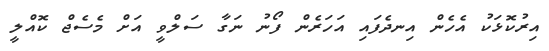
އިރުކޮޅަކު އެހެން އިނދެފައި އަހަރެން ފޯނު ނަގާ ސަލްވީ އަށް މެސެޖް ކޮއްލީ